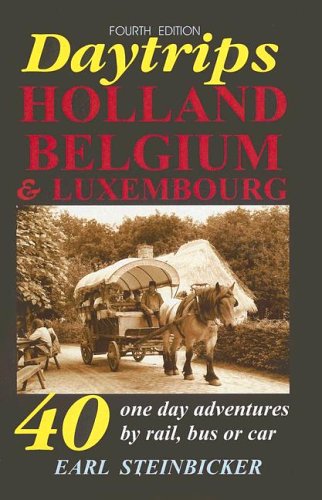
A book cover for Daytrips Holland, Belgium & Luxembourg: 40 One-Day Adventures by Rail, Bus or Car, Fourth Edition; Earl Steinbicker; Travel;